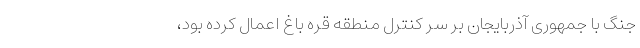
جنگ با جمهوری آذربایجان بر سر کنترل منطقه قره باغ اعمال کرده بود،